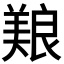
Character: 𫝥